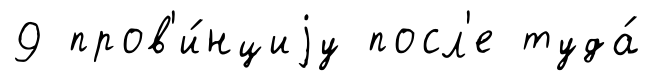
9 пров'и́нциjу посл'е туда́